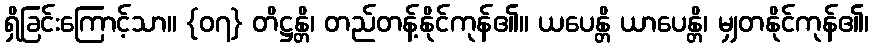
ရှိခြင်းကြောင့်သာ။ {၀၇} တိဋ္ဌန္တိ၊ တည်တန့်နိုင်ကုန်၏။ ယပေန္တိ ယာပေန္တိ၊ မျှတနိုင်ကုန်၏၊